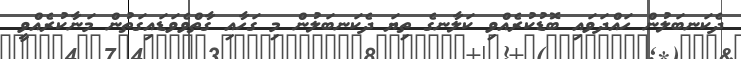
ދެކަނބަލުން ހައްދަވައި ބޮޑުކުރެއްވި ކަލާނގެ ތިޔަ ދެކަނބަލުން މި ގަހާއި ގާތްވެވަޑައިގަތުން މަނާކުރެއްވީ